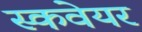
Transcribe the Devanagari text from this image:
स्कवेयर